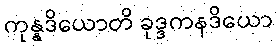
ကုန္နဒိယောတိ ခုဒ္ဒကနဒိယော